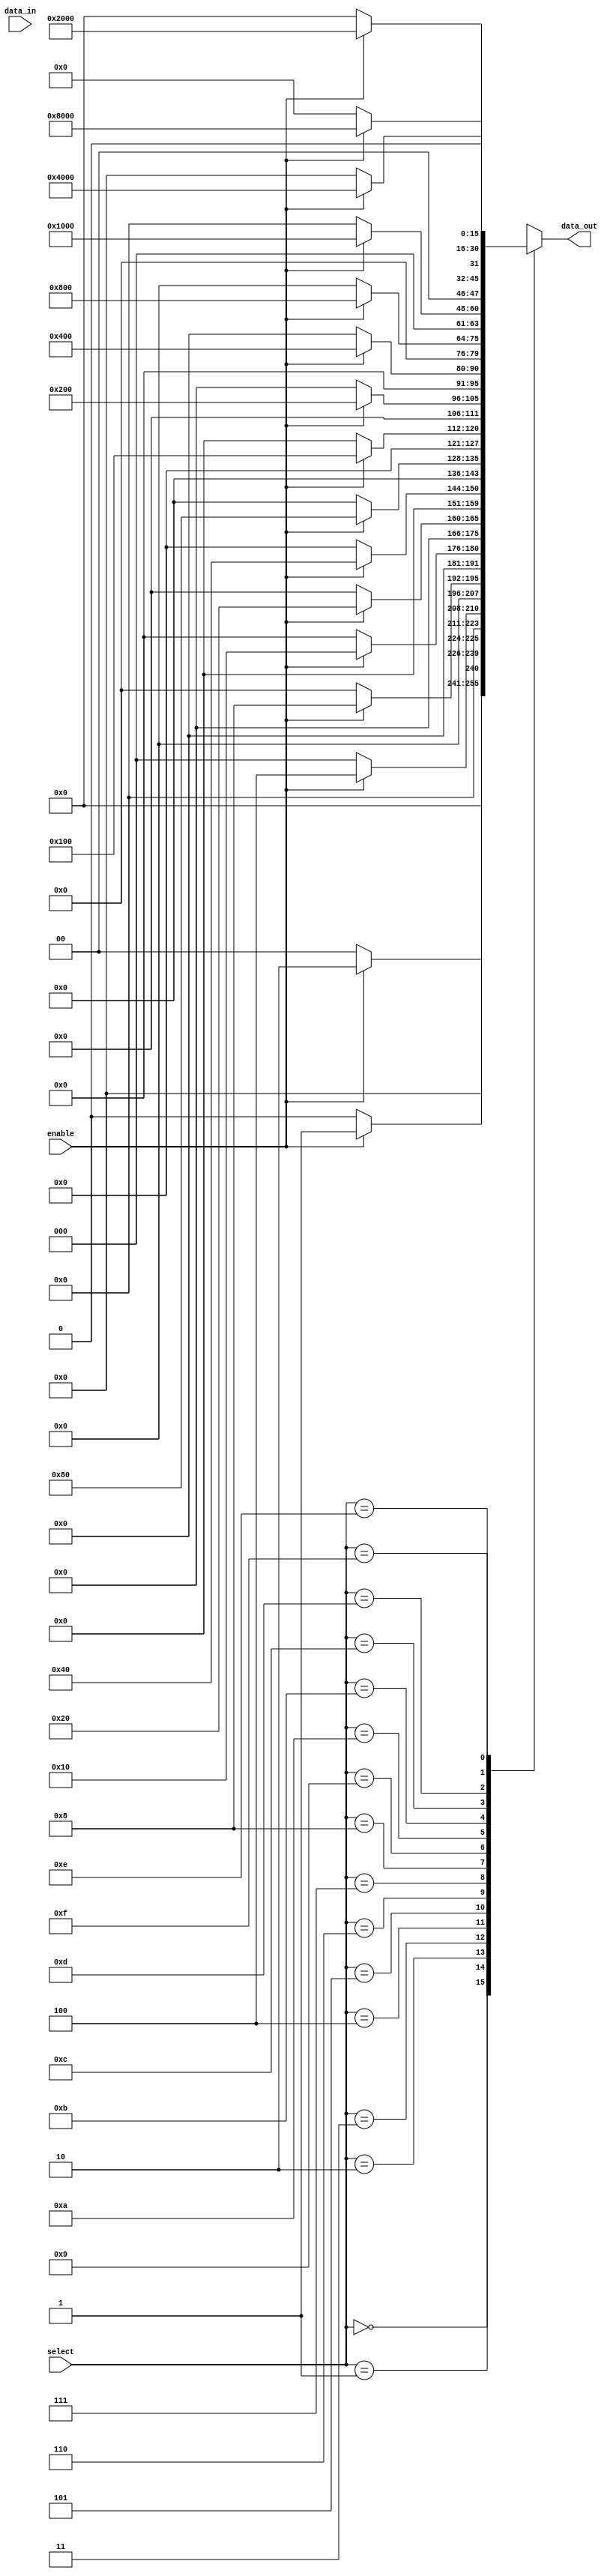
module demux_1to16(input wire enable, input wire [3:0] select, input wire data_in, output reg [15:0] data_out);

always @(*) begin
    case (select)
        4'b0000: data_out = enable ? 16'b0000_0000_0000_0001 : 16'b0000_0000_0000_0000;
        4'b0001: data_out = enable ? 16'b0000_0000_0000_0010 : 16'b0000_0000_0000_0000;
        4'b0010: data_out = enable ? 16'b0000_0000_0000_0100 : 16'b0000_0000_0000_0000;
        4'b0011: data_out = enable ? 16'b0000_0000_0000_1000 : 16'b0000_0000_0000_0000;
        4'b0100: data_out = enable ? 16'b0000_0000_0001_0000 : 16'b0000_0000_0000_0000;
        4'b0101: data_out = enable ? 16'b0000_0000_0010_0000 : 16'b0000_0000_0000_0000;
        4'b0110: data_out = enable ? 16'b0000_0000_0100_0000 : 16'b0000_0000_0000_0000;
        4'b0111: data_out = enable ? 16'b0000_0000_1000_0000 : 16'b0000_0000_0000_0000;
        4'b1000: data_out = enable ? 16'b0000_0001_0000_0000 : 16'b0000_0000_0000_0000;
        4'b1001: data_out = enable ? 16'b0000_0010_0000_0000 : 16'b0000_0000_0000_0000;
        4'b1010: data_out = enable ? 16'b0000_0100_0000_0000 : 16'b0000_0000_0000_0000;
        4'b1011: data_out = enable ? 16'b0000_1000_0000_0000 : 16'b0000_0000_0000_0000;
        4'b1100: data_out = enable ? 16'b0001_0000_0000_0000 : 16'b0000_0000_0000_0000;
        4'b1101: data_out = enable ? 16'b0010_0000_0000_0000 : 16'b0000_0000_0000_0000;
        4'b1110: data_out = enable ? 16'b0100_0000_0000_0000 : 16'b0000_0000_0000_0000;
        4'b1111: data_out = enable ? 16'b1000_0000_0000_0000 : 16'b0000_0000_0000_0000;
        default: data_out = 16'b0000_0000_0000_0000;
    endcase
end

endmodule